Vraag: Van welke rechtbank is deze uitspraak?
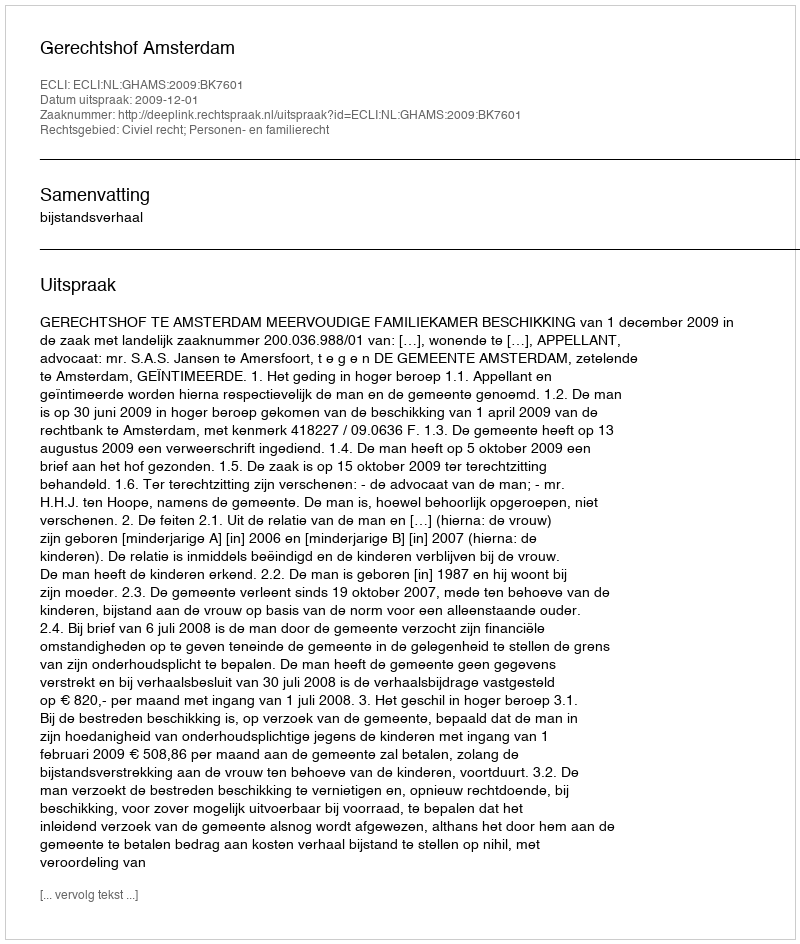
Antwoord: Gerechtshof Amsterdam